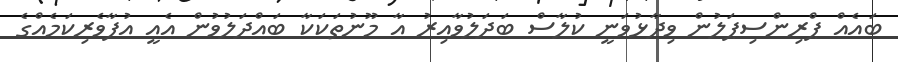
ބައެއް ޕްރިންސިޕަލުން ވިދާޅުވަނީ ކުލާސް ބަދަލުވާއިރު އާ މޫނުތަކަކާ ބައްދަލުވުން އެއީ އުފާވެރިކަމެއްގެ